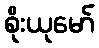
စိုးယုမော်